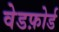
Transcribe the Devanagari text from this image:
वेडफ़ोर्ड